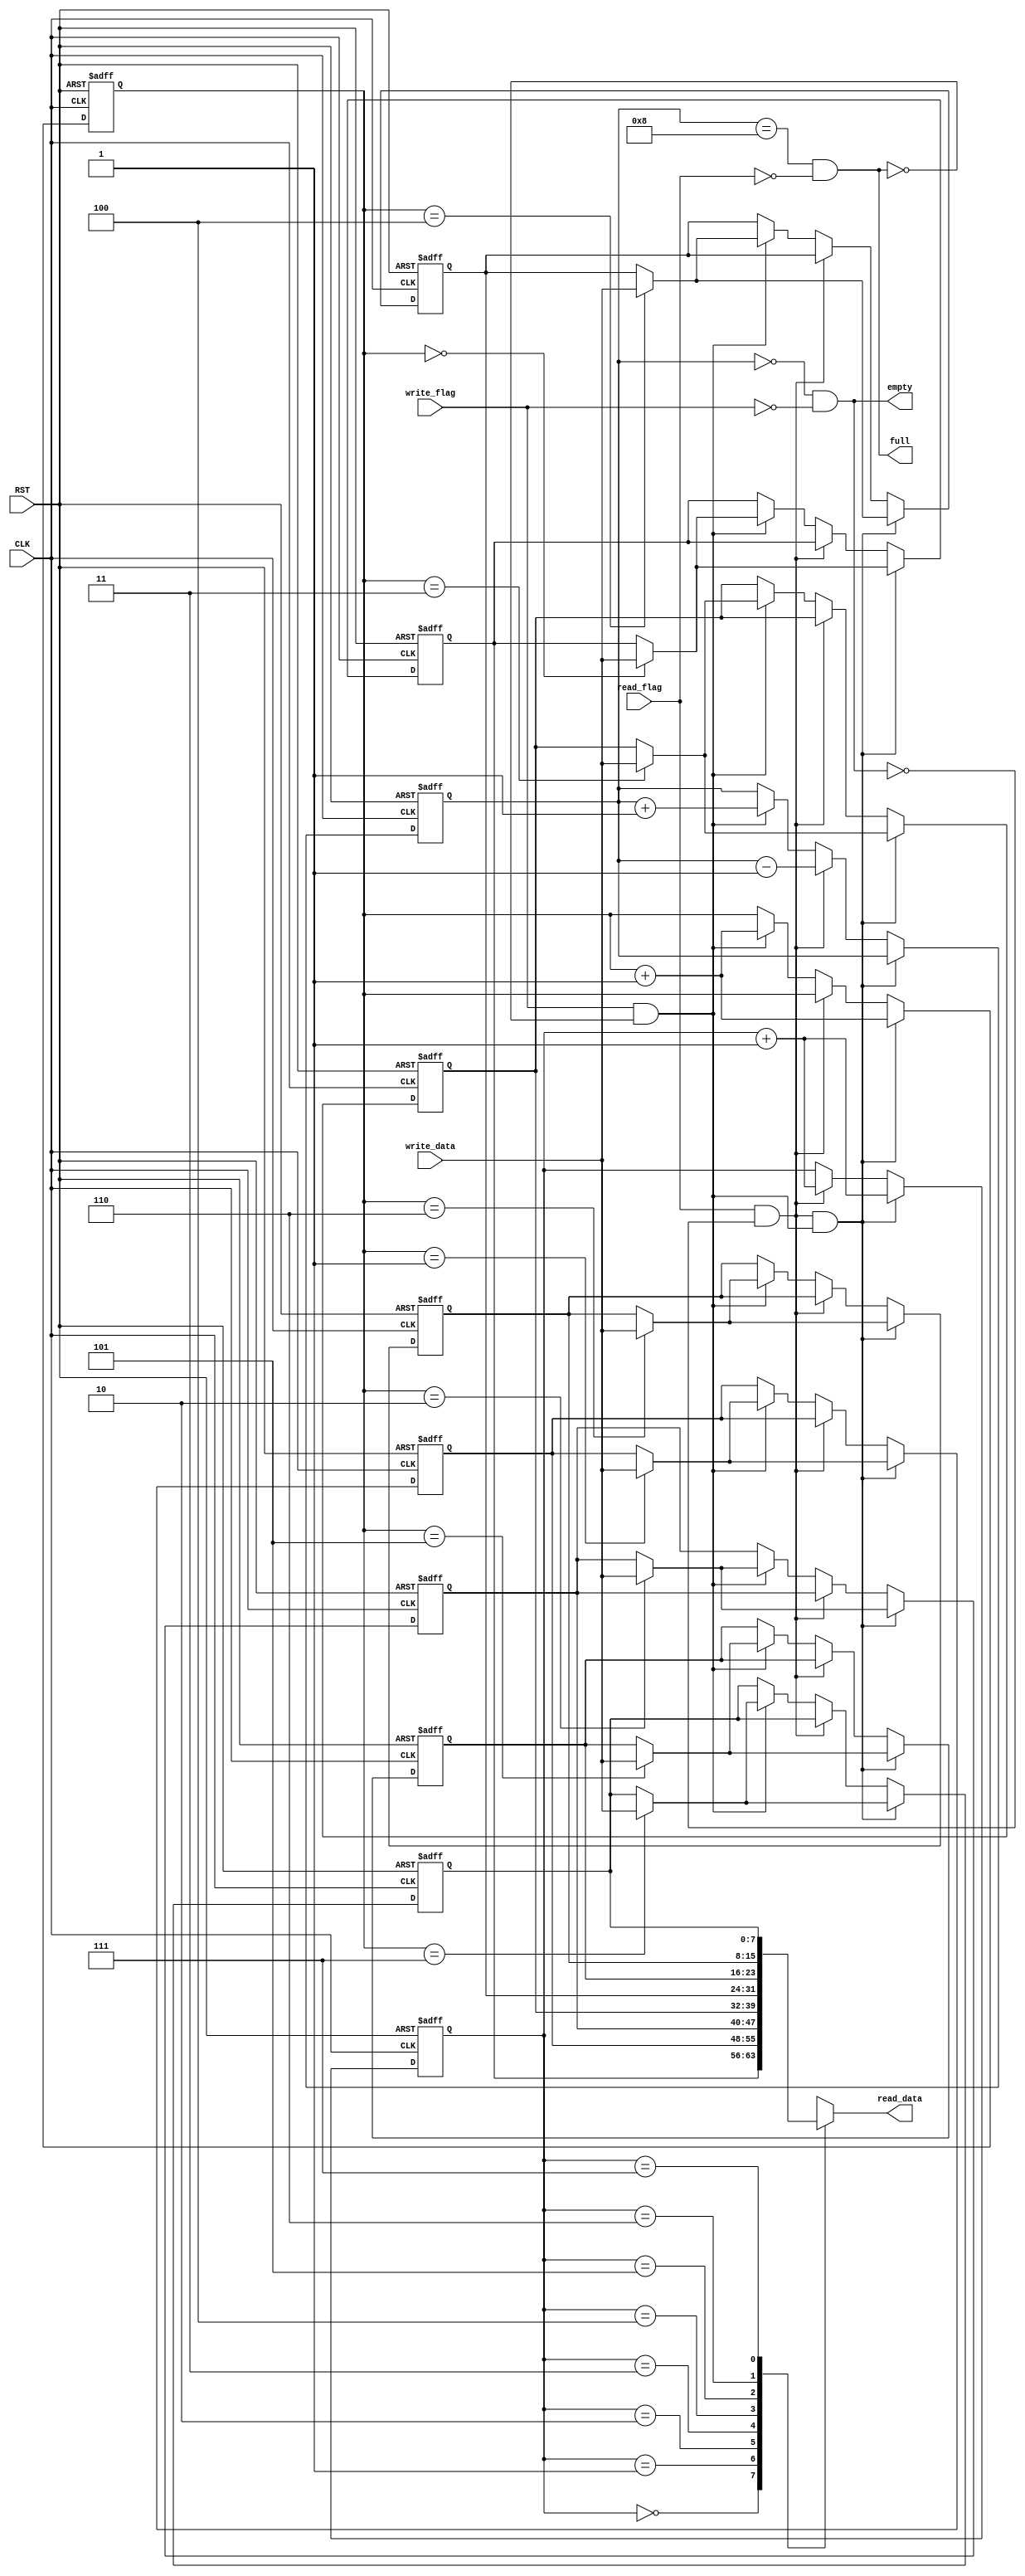
`timescale 1ns / 1ps
//////////////////////////////////////////////////////////////////////////////////
// Company:
// Engineer:
//
// Design Name:
// Module Name: fifo
// Project Name:
// Target Devices:
// Tool Versions:
// Description:
//
// Dependencies:
//
// Revision:
// Revision 0.01 - File Created
// Additional Comments:
//
//////////////////////////////////////////////////////////////////////////////////


module fifo
	#(
	parameter SIZE_BIT	= 3,
	parameter WIDTH 	= 8
	)
	(
	input CLK,
	input RST,
	input read_flag,
	output [WIDTH-1:0] read_data,
	input write_flag,
	input [WIDTH-1:0] write_data,
	output empty,
	output full
    );

    localparam SIZE = 1 << SIZE_BIT;
    reg [WIDTH-1:0] buffer[SIZE-1:0];
    reg [SIZE_BIT-1:0] read_ptr;
    reg [SIZE_BIT-1:0] write_ptr;
    reg [SIZE_BIT:0] buffer_size;

    assign empty = buffer_size == 0 && !write_flag;
    assign full  = buffer_size == SIZE && !read_flag;

    wire read, write;
    assign read  = read_flag && !empty;
    assign write = write_flag && !full;

    assign read_data = buffer[read_ptr];

    integer i;
    always @(negedge CLK or posedge RST) begin
    	if(RST) begin
    		read_ptr <= 0;
    		write_ptr <= 0;
    		buffer_size <= 0;
    		for(i=0; i<SIZE; i=i+1)
    			buffer[i] <= 0;
    	end else begin
    		if(read && write) begin
    			buffer[write_ptr] <= write_data;
    			read_ptr <= read_ptr + 1;
    			write_ptr <= write_ptr + 1;
    		end else if(read) begin
    			read_ptr <= read_ptr + 1;
    			buffer_size <= buffer_size - 1;
    		end else if(write) begin
    			buffer[write_ptr] <= write_data;
    			write_ptr <= write_ptr + 1;
    			buffer_size <= buffer_size + 1;
    		end
    	end
    end
endmodule